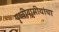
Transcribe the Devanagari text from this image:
पृथ्वीवासीयांचा